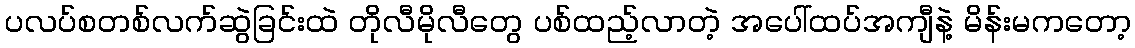
ပလပ်စတစ်လက်ဆွဲခြင်းထဲ တိုလီမိုလီတွေ ပစ်ထည့်လာတဲ့ အပေါ်ထပ်အကျီနဲ့ မိန်းမကတော့